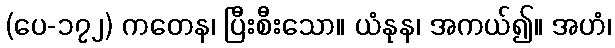
(ပေ-၁၇၂) ကတေန၊ ပြီးစီးသော။ ယံနုန၊ အကယ်၍။ အဟံ၊